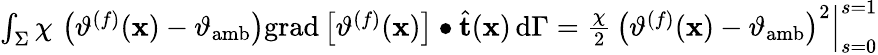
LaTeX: \begin{array}{r}{\int_{\Sigma}\chi\, \left(\vartheta^{(f)}(\mathbf{x})-\vartheta_{\mathrm{amb}}\right)\mathrm{grad}\left[\vartheta^{(f)}(\mathbf{x})\right]\bullet\widehat{\mathbf{t}}(\mathbf{x})\, \mathrm{d}\Gamma=\frac{\chi}{2}\, \left(\vartheta^{(f)}(\mathbf{x})-\vartheta_{\mathrm{amb}}\right)^{2}\Big|_{s=0}^{s=1}}\end{array}